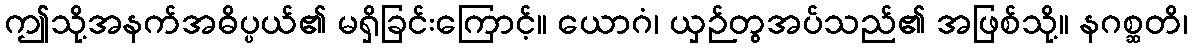
ဤသို့အနက်အဓိပ္ပယ်၏ မရှိခြင်းကြောင့်။ ယောဂံ၊ ယှဉ်တွအပ်သည်၏ အဖြစ်သို့။ နဂစ္ဆတိ၊